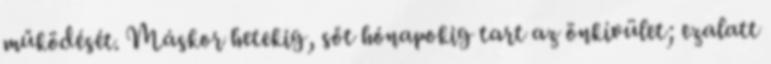
működését. Máskor hetekig, sőt hónapokig tart az önkívület; ezalatt